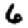
Digit: 6